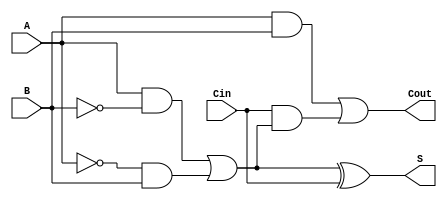
module transmission_gate_full_adder (
    input wire A,     // First input bit
    input wire B,     // Second input bit
    input wire Cin,   // Carry-in bit
    output wire S,    // Sum output
    output wire Cout   // Carry-out output
);

// Intermediate signals
wire AB;            // A AND B
wire A_xor_B;      // A XOR B
wire A_xor_B_xor_Cin; // (A XOR B) XOR Cin
wire Cin_and_A_xor_B; // Cin AND (A XOR B)

// Calculate A XOR B using transmission gates
assign A_xor_B = (A & ~B) | (~A & B);

// Calculate A AND B
assign AB = A & B;

// Calculate Cin AND (A XOR B)
assign Cin_and_A_xor_B = Cin & A_xor_B;

// Calculate Sum S = A XOR B XOR Cin
assign S = A_xor_B ^ Cin;

// Calculate Carry-out Cout = (A AND B) OR (Cin AND (A XOR B))
assign Cout = AB | Cin_and_A_xor_B;

endmodule